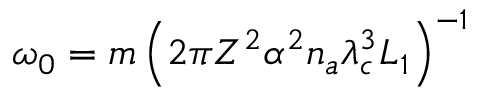
\omega _ { 0 } = m \left( 2 \pi Z ^ { 2 } \alpha ^ { 2 } n _ { a } \lambda _ { c } ^ { 3 } L _ { 1 } \right) ^ { - 1 }